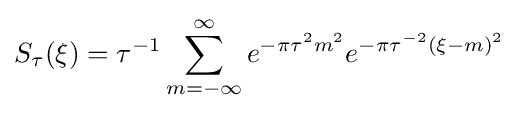
S_{\tau }(\xi )=\tau ^{-1}\sum _{m=-\infty }^{\infty }e^{-\pi \tau ^{2}m^{2}}e^{-\pi \tau ^{-2}(\xi -m)^{2}}